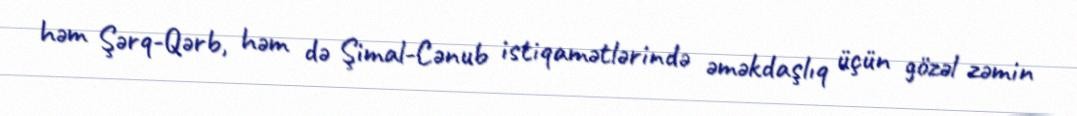
həm Şərq-Qərb, həm də Şimal-Cənub istiqamətlərində əməkdaşlıq üçün gözəl zəmin